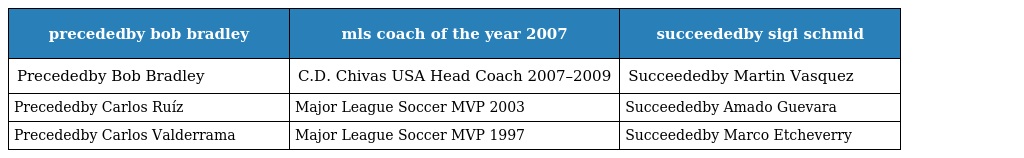
| precededby bob bradley | mls coach of the year 2007 | succeededby sigi schmid |
 | --- | --- | --- |
 | Precededby Bob Bradley | C.D. Chivas USA Head Coach 2007–2009 | Succeededby Martin Vasquez |
 | Precededby Carlos Ruíz | Major League Soccer MVP 2003 | Succeededby Amado Guevara |
 | Precededby Carlos Valderrama | Major League Soccer MVP 1997 | Succeededby Marco Etcheverry |